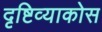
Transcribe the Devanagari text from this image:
दृष्टिव्याकोस